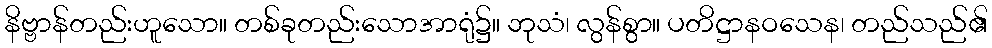
နိဗ္ဗာန်တည်းဟူသော။ တစ်ခုတည်းသောအာရုံ၌။ ဘုသံ၊ လွန်စွာ။ ပတိဋ္ဌာနဝသေန၊ တည်သည်၏